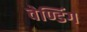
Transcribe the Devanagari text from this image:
वेण्डिंग